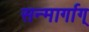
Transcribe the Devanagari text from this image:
सन्मार्गाग्